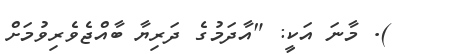
). މާނަ އަކީ: "އާދަމުގެ ދަރިޔާ ބާއްޖެވެރިވުމަށް